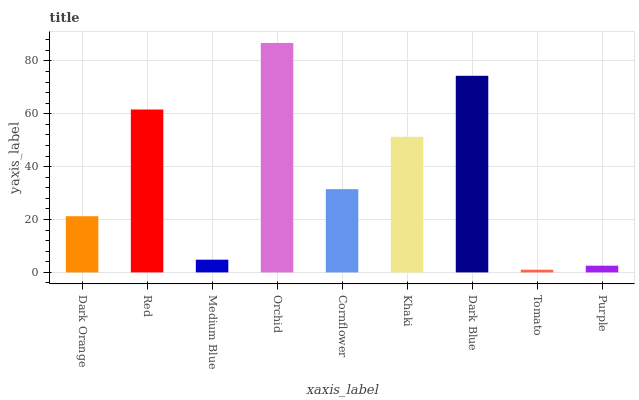
| xaxis_label | bars |
 | --- | --- |
 | Dark Orange | 21.3 |
 | Red | 61.6 |
 | Medium Blue | 4.81 |
 | Orchid | 86.8 |
 | Cornflower | 31.5 |
 | Khaki | 51.3 |
 | Dark Blue | 74.4 |
 | Tomato | 1.02 |
 | Purple | 2.54 |